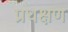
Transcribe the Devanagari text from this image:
प्रधक्षण